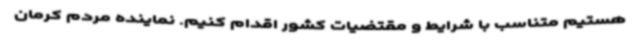
هستیم متناسب با شرایط و مقتضیات کشور اقدام کنیم. نماینده مردم کرمان